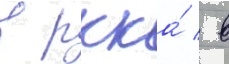
в ркка́ / в